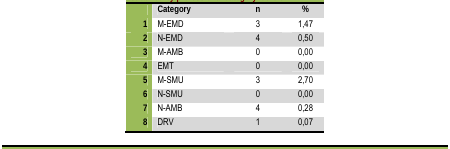
|  | Category | n | % |
 | --- | --- | --- | --- |
 | 1 | M–EMD | 3 | 1,47 |
 | 2 | N–EMD | 4 | 0,50 |
 | 3 | M–AMB | 0 | 0,00 |
 | 4 | EMT | 0 | 0,00 |
 | 5 | M–SMU | 3 | 2,70 |
 | 6 | N–SMU | 0 | 0,00 |
 | 7 | N–AMB | 4 | 0,28 |
 | 8 | DRV | 1 | 0,07 |